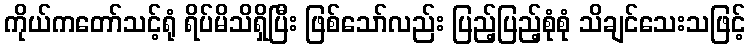
ကိုယ်ကတော်သင့်ရုံ ရိပ်မိသိရှိပြီး ဖြစ်သော်လည်း ပြည့်ပြည့်စုံစုံ သိချင်သေးသဖြင့်